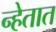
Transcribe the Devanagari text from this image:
न्हेतात